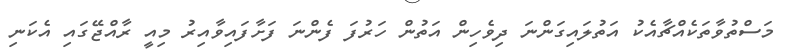
މަސްތުވާތަކެއްޗާއެކު އަތުލައިގަންނަ ދިވެހިން އަތުން ހަރުފަ ފެންނަ ފަށާފައިވާއިރު މިއީ ރާއްޖޭގައި އެކަނި